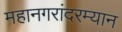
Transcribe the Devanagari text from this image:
महानगरांदरम्यान